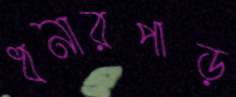
ধনারপাড়